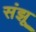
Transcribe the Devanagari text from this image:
संझू